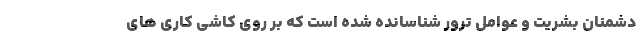
دشمنان بشریت و عوامل ترور شناسانده شده است که بر روی کاشی کاری های